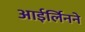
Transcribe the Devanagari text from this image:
आईर्लिनने